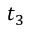
t _ { 3 }